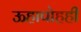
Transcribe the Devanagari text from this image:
ऊहापोहही